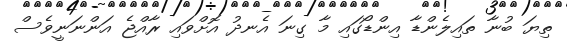
ތިޔަ ބުނާ ތައިލެންޑާ އިންޑޯގައި މާ ގިނަ އެނދު އޮށްވައި ރާއްޖެ އަންނަނީވެސް